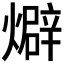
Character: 𤐙